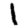
Digit: 1